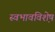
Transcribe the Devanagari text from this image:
स्वभावविशे़ष